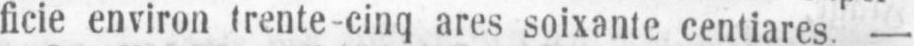
ficie environ trente-cinq ares soixante centiares. -